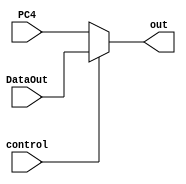
`timescale 1ns / 1ps
//////////////////////////////////////////////////////////////////////////////////
// Company: 
// Engineer: 
// 
// Design Name: 
// Module Name: DataSelector_2to1
// Project Name: 
// Target Devices: 
// Tool Versions: 
// Description: 
// 
// Dependencies: 
// 
// Revision:
// Revision 0.01 - File Created
// Additional Comments:
// 
//////////////////////////////////////////////////////////////////////////////////


module DataSelector_2to1(
    input control,
    input [31:0] PC4,
    input [31:0] DataOut,
    output reg [31:0] out
    );

	always @(PC4 or DataOut or control) begin
		if(control == 0)
			out <= PC4;
		else 
			out <= DataOut;
	end
endmodule